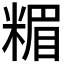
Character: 𥻡